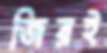
জিরই